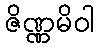
ဇိဏ္ဏမိဝါ